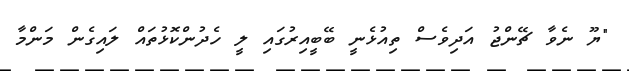
"ޔޫ ނެވާ ޗޭންޖު އަދިވެސް ތިއުޅެނީ ބޭބީއިރުގައި ލީ ހެދުންކޮޅުތައް ލައިގެން މަންމާ